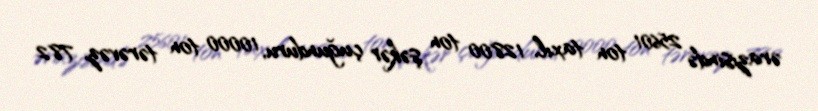
ərazisində 25601 ton taxıl, 12800 ton şəkər çuğunduru, 10000 ton tərəvəz, 782